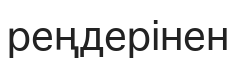
реңдерінен